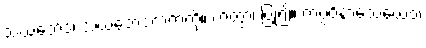
သံဃဘေဒံ၊ သံဃဘေဒကကံကို။ ကတွာ၊ ပြု၍။ ကပ္ပဝိနာသေယေဝ၊